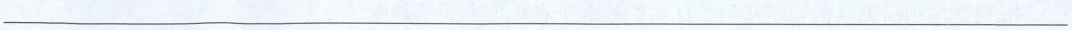
___